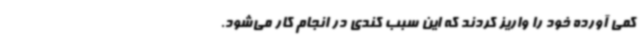
کمی آورده خود را واریز کردند که این سبب کندی در انجام کار می‌شود.